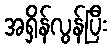
အရှိန်လွန်ပြီး